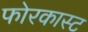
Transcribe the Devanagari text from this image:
फोरकास्ट